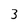
Character: 3